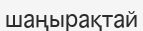
шаңырақтай